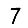
Digit: 7